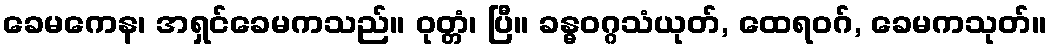
ခေမကေန၊ အရှင်ခေမကသည်။ ဝုတ္တံ၊ ပြီ။ ခန္ဓဝဂ္ဂသံယုတ်, ထေရဝဂ်, ခေမကသုတ်။